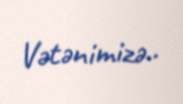
Vətənimizə..